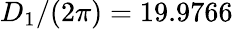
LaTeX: D_{1}/(2\pi)=19.9766